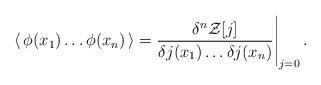
LaTeX: \begin{align*}\langle\, \phi(x_1)\dots\phi(x_n) \,\rangle= \frac{\delta^n {\cal Z}[j]}{\delta j(x_1) \dots \delta j(x_n) }\Bigg|_{j=0} \,.\end{align*}